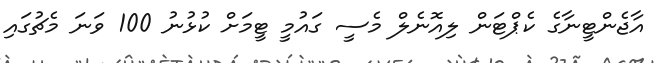
އާޖެންޓީނާގެ ކެޕްޓަން ލިއޮނެލް މެސީ ގައުމީ ޓީމަށް ކުޅުނު 100 ވަނަ މެޗުގައި